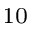
^ { 1 0 }